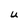
Character: U